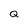
Character: Q